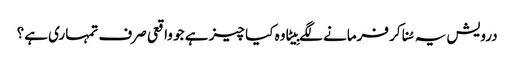
درویش یہ سُنا کر فرمانے لگے بِیٹا وہ کیا چیز ہے جو واقعی صرف تمہاری ہے؟